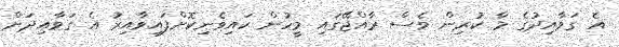
އެ ގަވާއިދުގެ މާ ކުރިން ވެސް ރާއްޖޭގައި މީހުން ކައިވެނިކޮށްފައިވާއިރު އެ ގަވާއިދަށް